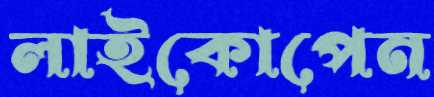
লাইকোপেন